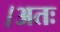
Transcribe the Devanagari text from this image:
।अतः